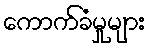
ကောက်ခံမှုများ